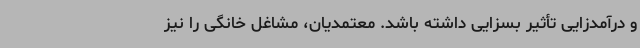
و درآمدزایی تأثیر بسزایی داشته باشد. معتمدیان، مشاغل خانگی را نیز